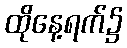
ထိုနေ့ရက်၌